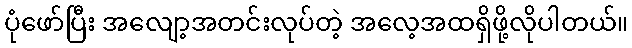
ပုံဖော်ပြီး အလျော့အတင်းလုပ်တဲ့ အလေ့အထရှိဖို့လိုပါတယ်။